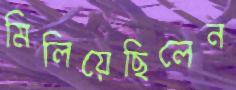
মিলিয়েছিলেন